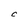
Character: c